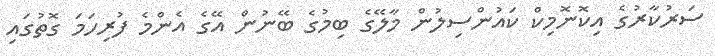
ސަރުކާރުގެ އިކޮނޮމިކް ކައުންސިލުން މާލޭގެ ބިމުގެ ބޭނުން އޭގެ އެންމެ ފުރިހަމަ ގޮތުގައި